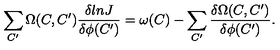
\sum _ { C ^ { \prime } } \Omega ( C , C ^ { \prime } ) { \frac { \delta l n J } { \delta \phi ( C ^ { \prime } ) } } = \omega ( C ) - \sum _ { C ^ { \prime } } { \frac { \delta \Omega ( C , C ^ { \prime } ) } { \delta \phi ( C ^ { \prime } ) } } .